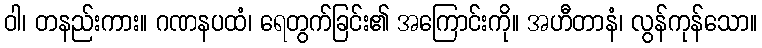
ဝါ၊ တနည်းကား။ ဂဏနပထံ၊ ရေတွက်ခြင်း၏ အကြောင်းကို။ အဟီတာနံ၊ လွန်ကုန်သော။